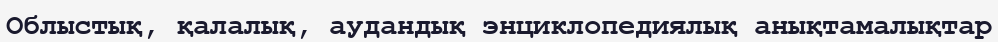
Oблыстық, қалалық, аудандық энциклопедиялық анықтамалықтар